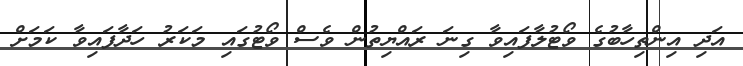
އަދި އިންތިހާބުގެ ވޯޓުލާފައިވާ ގިނަ ރައްޔިތުން ވެސް ވޯޓުގައި މަކަރު ހަދާފައިވާ ކަމަށް